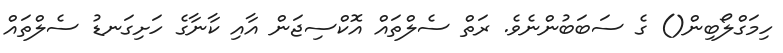
ހިމަގްލޯބިން() ގެ ސަބަބުންނެވެ. ރަތް ސެލްތައް އޮކްސިޖަން އާއި ކާނާގެ ހަށިގަނޑު ސެލްތައް